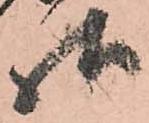
様